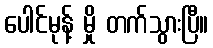
ပေါင်မုန့် မှို တက်သွားပြီ။